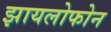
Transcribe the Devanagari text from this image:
झायलोफोन